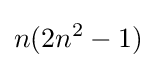
n(2n^{2}-1)